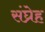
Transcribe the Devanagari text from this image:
संघ्रेह